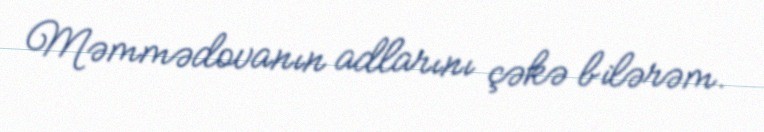
Məmmədovanın adlarını çəkə bilərəm.